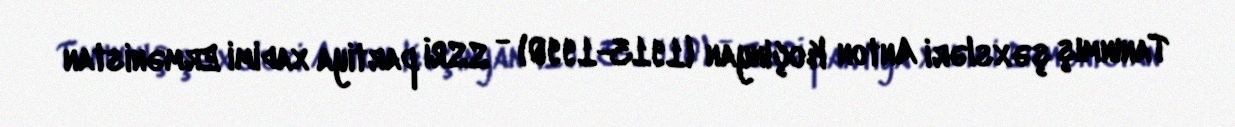
Tanınmış şəxsləri Anton Koçinyan (1913-1990) - SSRİ partiya xadimi Ermənistan